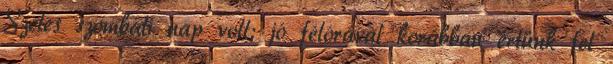
Szeles szombati nap volt; jó félórával korábban értünk fel